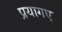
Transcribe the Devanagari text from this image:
प्रयागए